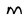
Character: M